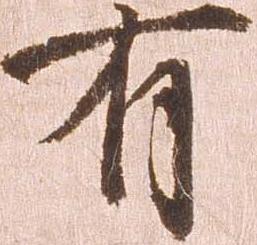
有